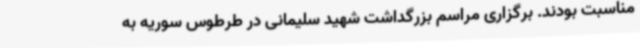
مناسبت بودند. برگزاری مراسم بزرگداشت شهید سلیمانی در طرطوس سوریه به